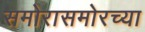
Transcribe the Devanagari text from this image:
समोरासमोरच्या